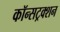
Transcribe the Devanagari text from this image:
कॉन्सट्रक्शन